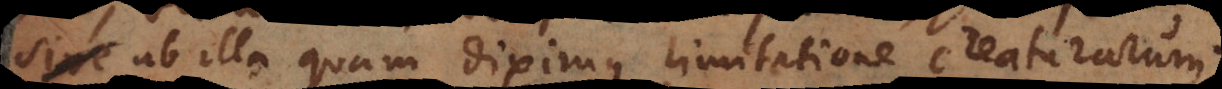
ab illa quam diximus limitatione creaturarum.